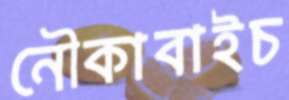
নৌকাবাইচ